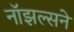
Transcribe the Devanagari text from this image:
नॉझल्सने